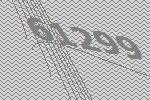
61299